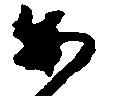
あ